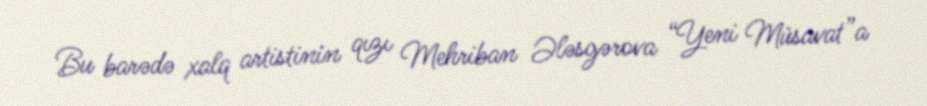
Bu barədə xalq artistinin qızı Mehriban Ələsgərova “Yeni Müsavat”a